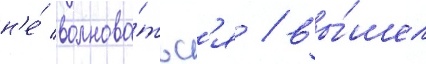
н'е́ волнова́тьс'я / вы́шел